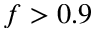
f > 0 . 9